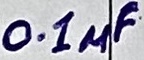
Text: 0.1µF